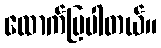
ထောက်ပြပါတယ်။